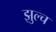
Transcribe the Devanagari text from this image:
झुल्च